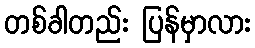
တစ်ခါတည်း ပြန်မှာလား